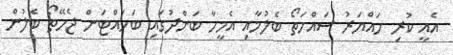
އެއީ ކުރި ހައްޔަރު ސައްހަތޯ ބެލުމާއި އެމީހާ ބަންދުގައި ބަހައްޓަން ޖެހޭތޯ ބެލުން